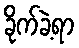
ခိုက်ခဲ့ရာ